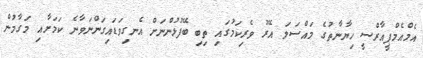
އެމްއެމްޕީއާރްސީ ހިޔާނާތުގެ މައްސަލަ އޭރު ވެރިކަމުގައި ތިބި ބޭފުޅުންނަށް އެނގިވަޑައިގަންނަވާނެ ކަމަށާއި މަގާމުން